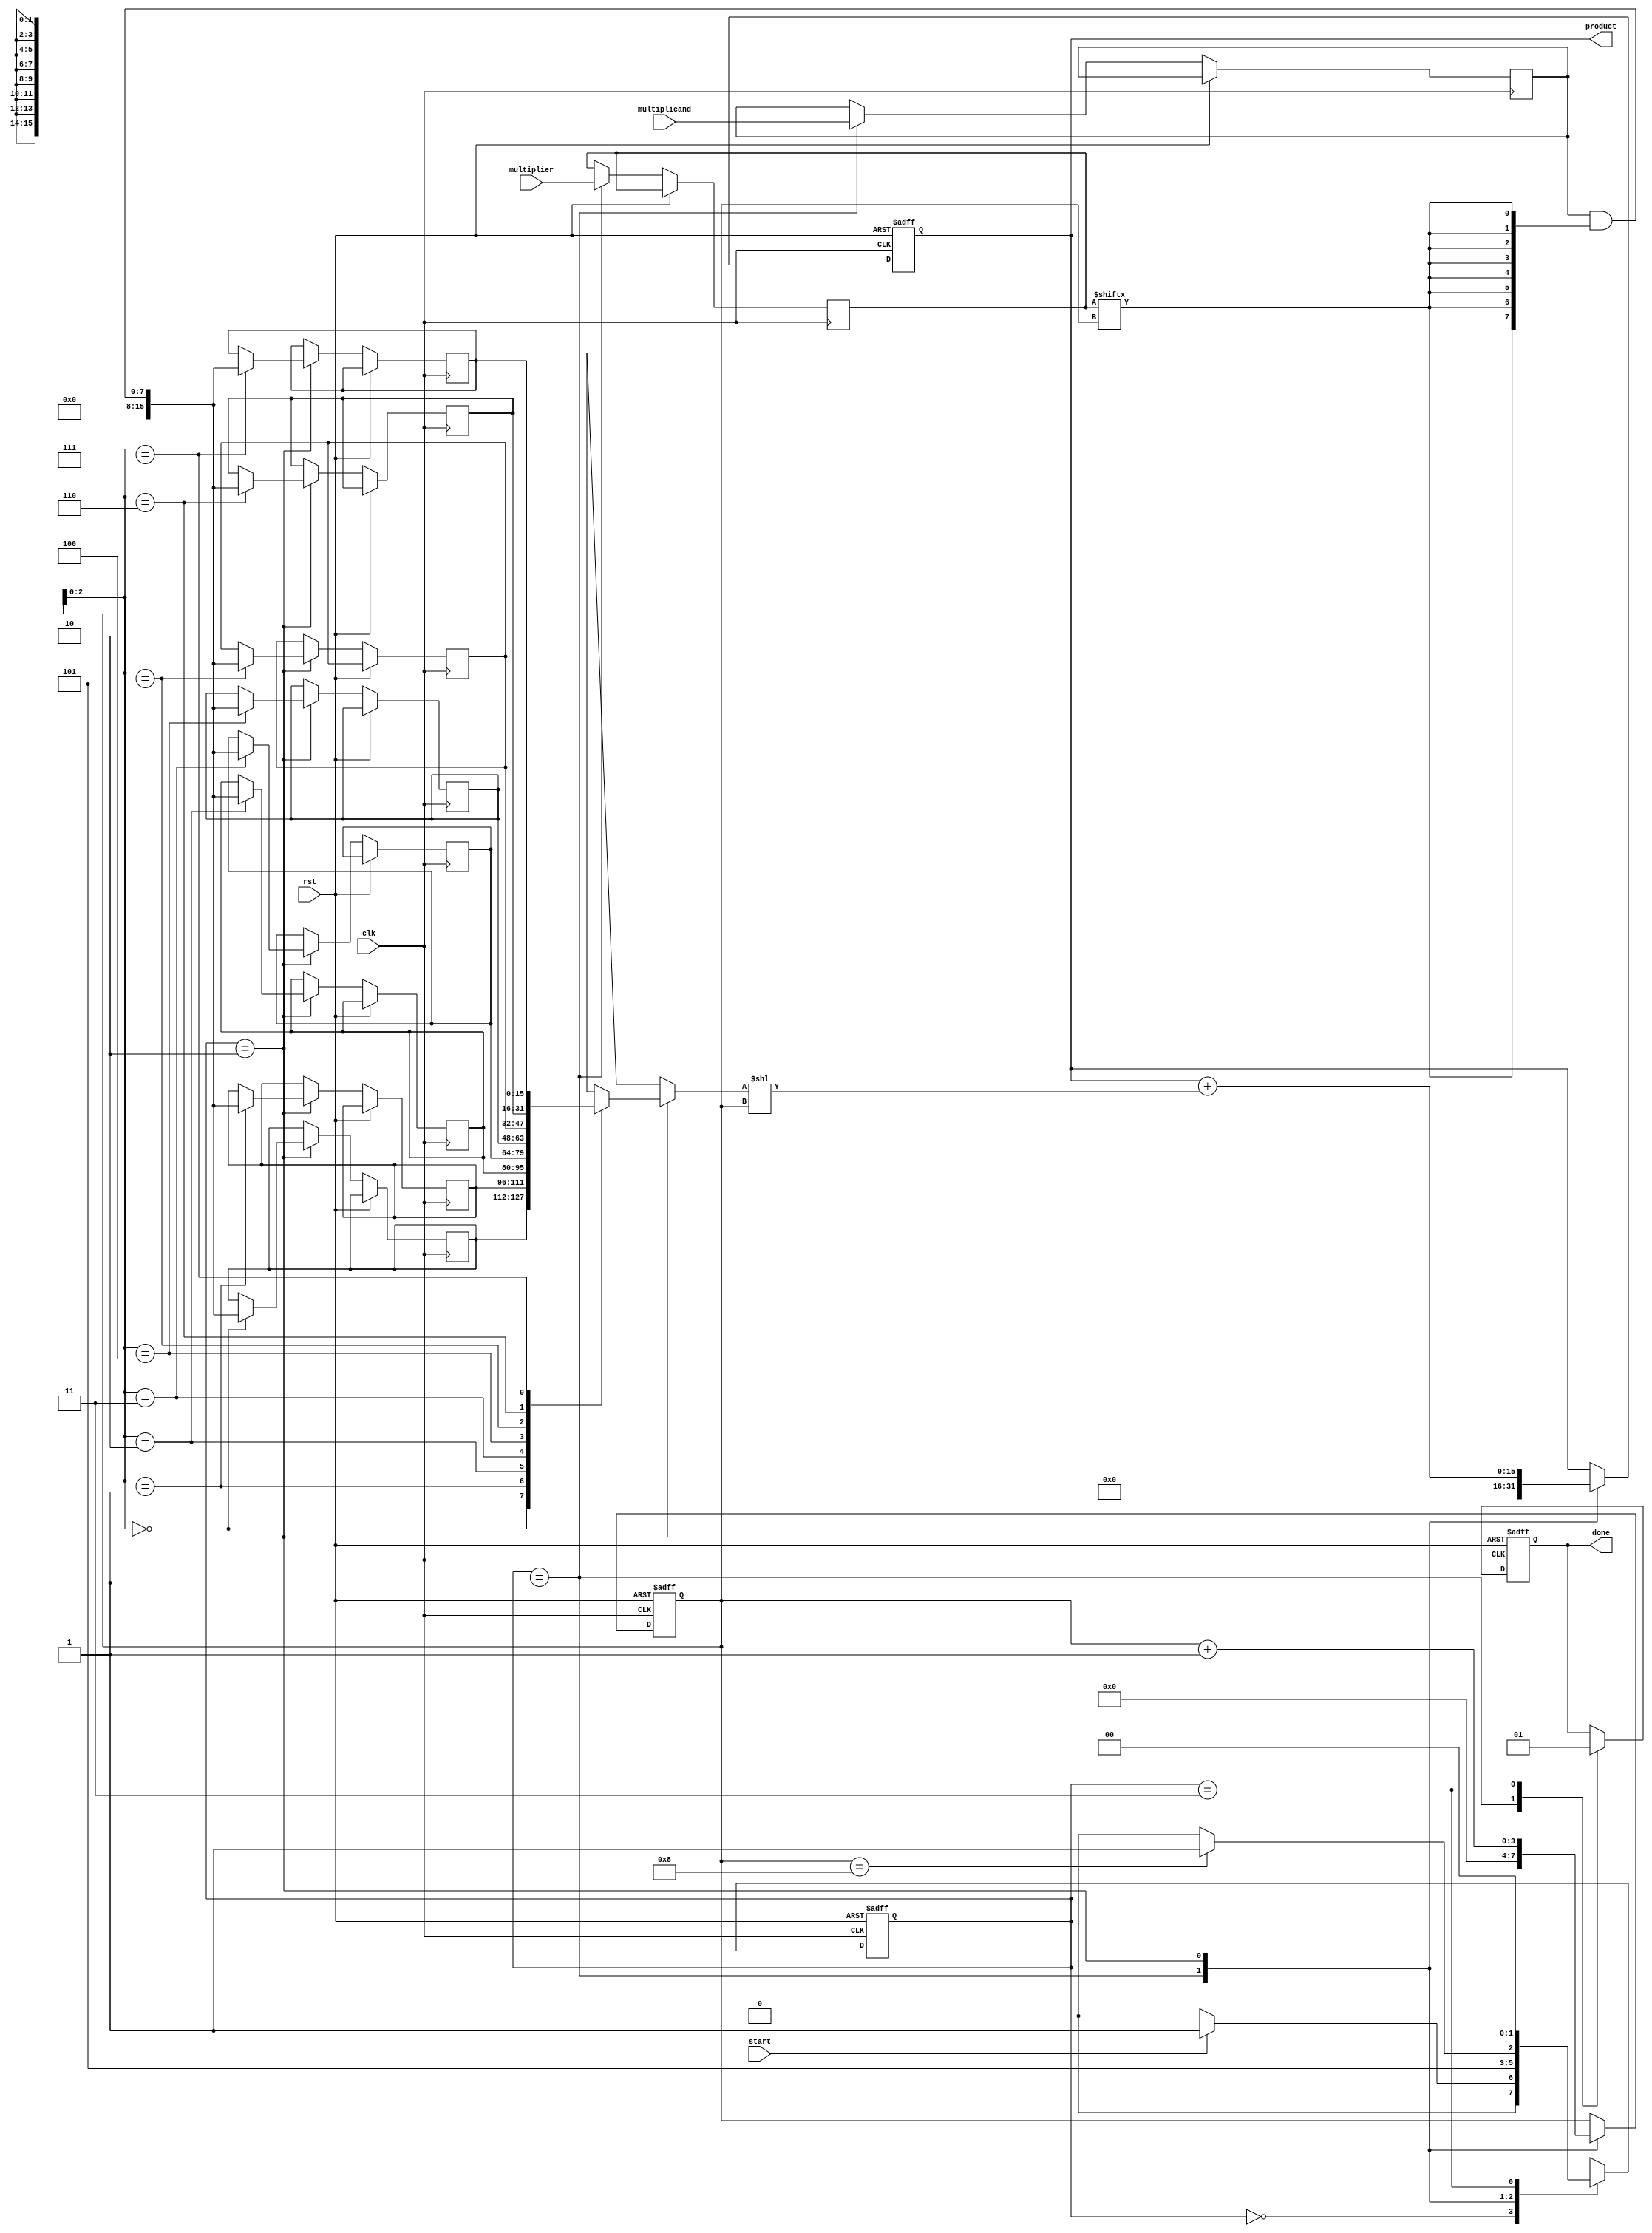
module radix2_multiplier (
    input       clk,
    input       rst,
    input       start,
    input [7:0] multiplicand,
    input [7:0] multiplier,
    output reg [15:0] product,
    output reg done
);

// Internal Registers
reg [7:0] A;                // Multiplicand
reg [7:0] B;                // Multiplier
reg [15:0] partial_product[0:7]; // Partial product storage
reg [3:0] count;            // Count for multiplication stages

// State Machine for Control Logic
parameter IDLE = 2'b00, LOAD = 2'b01, MULTIPLY = 2'b10, DONE = 2'b11;
reg [1:0] state, next_state;

// Combinational Logic for State Transitions
always @(*) begin
    case (state)
        IDLE: begin
            if (start) next_state = LOAD;
            else next_state = IDLE;
        end
        LOAD: next_state = MULTIPLY;
        MULTIPLY: if (count == 8) next_state = DONE;
                  else next_state = MULTIPLY;
        DONE: next_state = IDLE;
        default: next_state = IDLE;
    endcase
end

// Sequential Logic for State Updates
always @(posedge clk or posedge rst) begin
    if (rst) begin
        state <= IDLE;
        count <= 0;
        done <= 0;
        product <= 0;
    end
    else begin
        state <= next_state;

        case (state)
            LOAD: begin
                // Load inputs into the registers
                A <= multiplicand;
                B <= multiplier;
                count <= 0;
                done <= 0;
                product <= 0;
            end
            MULTIPLY: begin
                // Generate partial product and store it
                partial_product[count] <= A & {8{B[count]}}; // ANDing multiplicand with multiplier bit
                count <= count + 1;
                product <= product + (partial_product[count] << count); // Shift and add
            end
            DONE: begin
                done <= 1; // Indicate that multiplication is finished
            end
        endcase
    end
end

endmodule